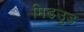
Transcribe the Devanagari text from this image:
मिडउुड